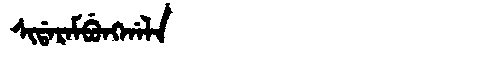
Manchu: ᠰᡳᡩᠠᡵᠠᠮᠪᡠᠩᡤᠠᠯᠠ
Romanization: SIDARAMBUNGGALA